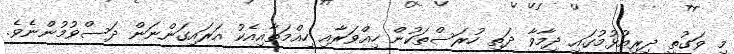
މި ވަގުތީ ދިރިއުޅުމުގައި ދިމާވާ ދަތި ހުރަސްތަކުން ހިއްވަރާއި ހިއްމަތާއިއެކު އަރައިގަންނަން ދަސްވުމުންނެވެ.